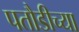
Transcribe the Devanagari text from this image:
पतौडीच्या